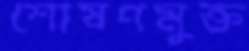
শোষণমুক্ত